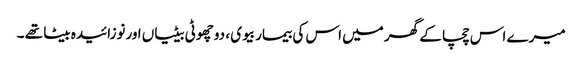
میرے اس چچا کے گھر میں اس کی بیمار بیوی ، دوچھوٹی بیٹیاں اورنوزائیدہ بیٹا تھے ۔